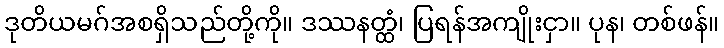
ဒုတိယမဂ်အစရှိသည်တို့ကို။ ဒဿနတ္ထံ၊ ပြရန်အကျိုးငှာ။ ပုန၊ တစ်ဖန်။